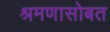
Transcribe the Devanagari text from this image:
श्रमणासोबत